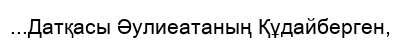
...Датқасы Әулиеатаның Құдайберген,